Mental hospitals Bombay report 1921-28 - 1921-1928
Year: 1921
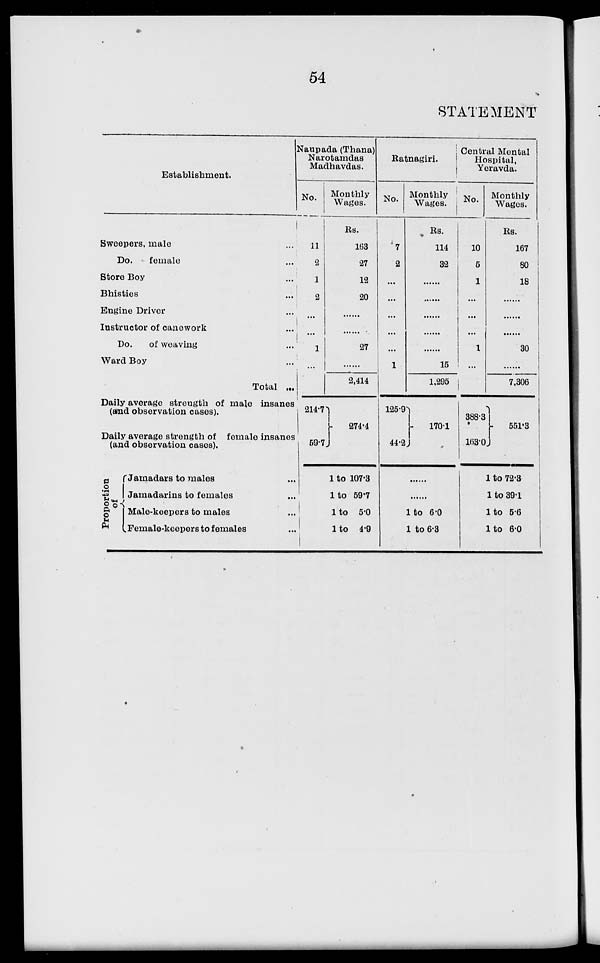
54
STATEMENT
Establishment.
Sweepers, male ...
Do.
female ...
Store Boy ...
Bhisties ...
Engine Driver ...
Instructor of canework ...
Do.
of weaving ...
Ward Boy ...
Total ...
Daily average strength of male insanes
(and observation cases).
Daily average strength of female insanes
(and observation cases).
Proportion
of
Jamadars to males ...
Jamadarins to females ...
Male-keepers to males ...
Female-keepers to females ...
Naupada (Thana)
Narotamdas
Madhavdas.
No.
11
2
1
2
...
...
1
...
214.7
59.7
Monthly
Wages.
Rs.
163
27
12
20
......
......
27
......
2,414
274.4
1 to 107.3
1 to 59.7
1 to 5.0
1 to 4.9
Ratnagiri.
No.
7
2
...
...
...
...
...
1
125.9
44.2
Monthly
Wages.
Rs.
114
32
......
......
......
......
......
15
1,295
170.1
......
......
1 to 6.0
1 to 6.3
Central Mental
Hospital,
Yeravda.
No.
10
5
1
...
...
...
1
...
388.3
163.0
Monthly
Wages.
Rs.
167
80
18
......
......
......
30
......
7,306
551.3
1 to 72.3
1 to 39.1
1 to 5.6
1 to 6.0